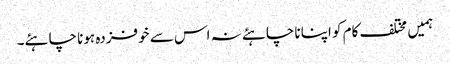
ہمیں مختلف کام کو اپنانا چاہئے نہ اس سے خوفزدہ ہونا چاہئے۔